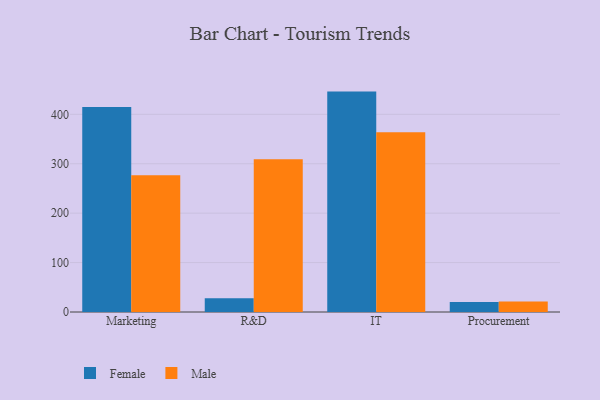
{"axis": {"x": "Department", "y": "Energy Usage (MWh)"}, "legend": ["Female", "Male"], "data": [{"x": "Marketing", "y": 414.6, "type": "Female"}, {"x": "Marketing", "y": 276.5, "type": "Male"}, {"x": "R&D", "y": 27.6, "type": "Female"}, {"x": "R&D", "y": 309.2, "type": "Male"}, {"x": "IT", "y": 446.0, "type": "Female"}, {"x": "IT", "y": 363.6, "type": "Male"}, {"x": "Procurement", "y": 20.4, "type": "Female"}, {"x": "Procurement", "y": 21.1, "type": "Male"}]}